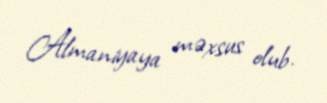
Almaniyaya məxsus olub.